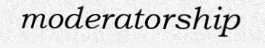
moderatorship